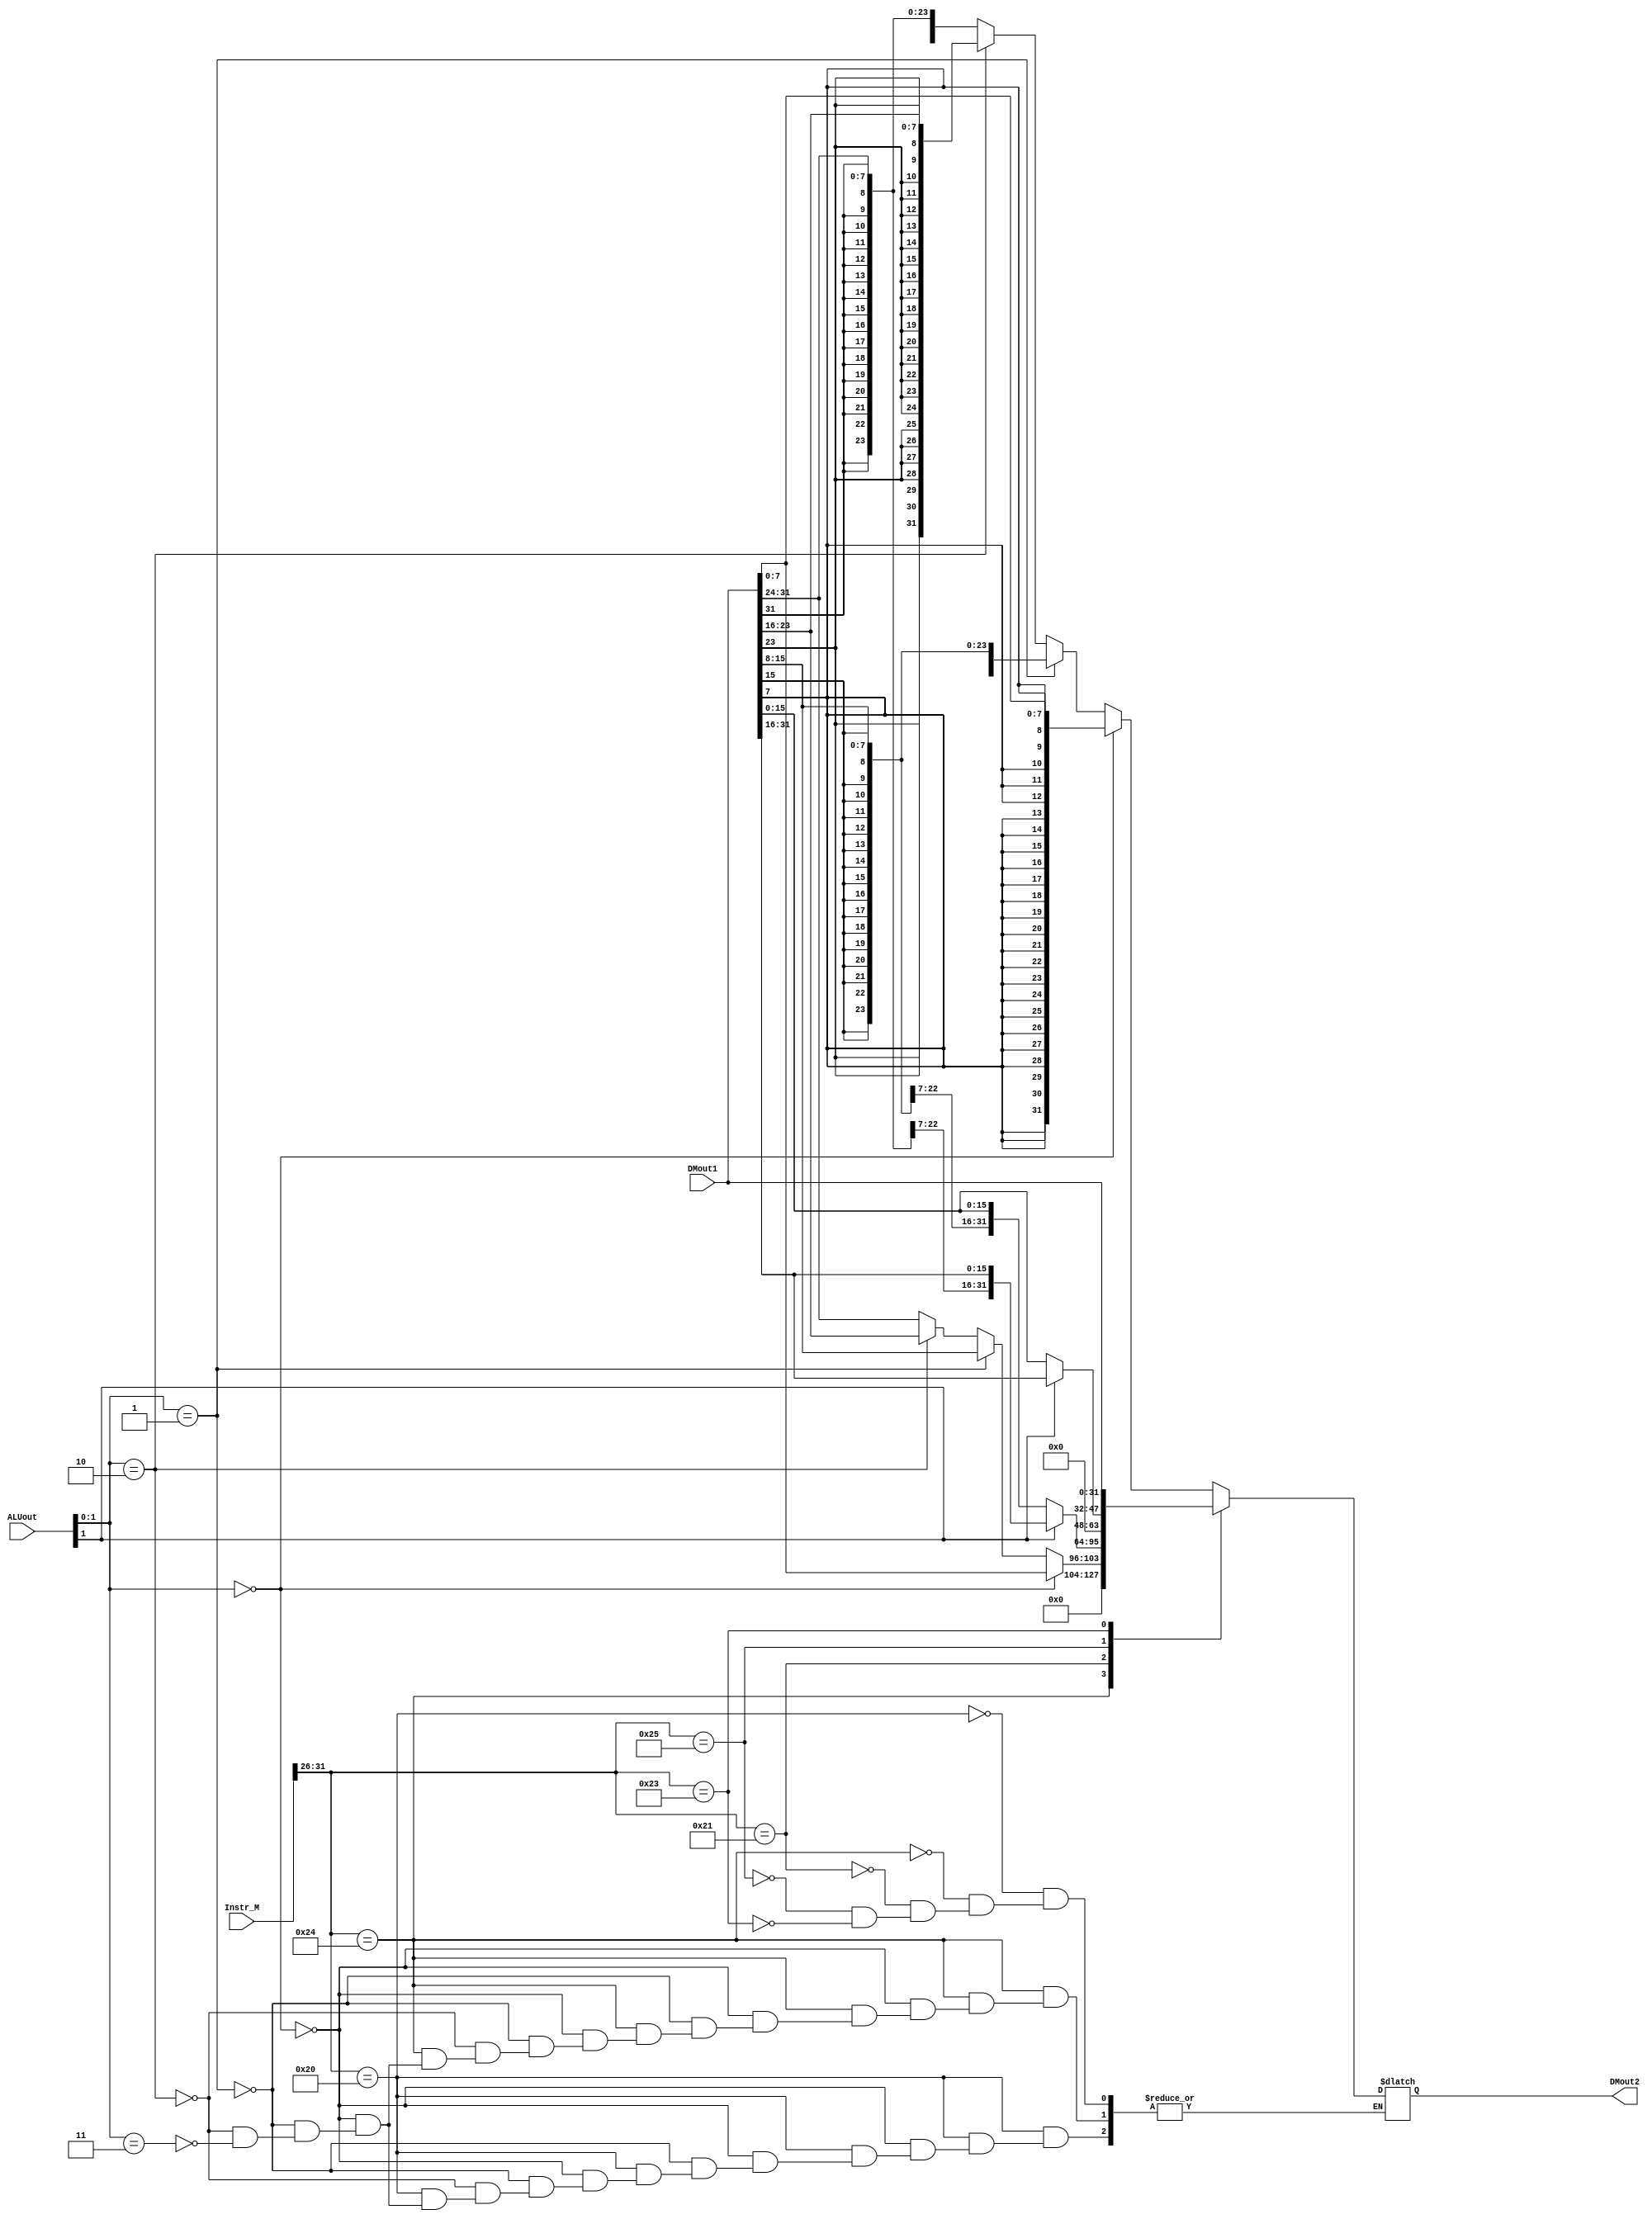
`timescale 1ns / 1ps
`define op 31:26
`define func 5:0
`define rs 25:21
`define rt 20:16
`define rd 15:11
//////////////////////////////////////////////////////////////////////////////////
// Company: 
// Engineer: 
// 
// Design Name: 
// Module Name:    LW_EXT_module 
// Project Name: 
// Target Devices: 
// Tool versions: 
// Description: 
//
// Dependencies: 
//
// Revision: 
// Revision 0.01 - File Created
// Additional Comments: 
//
//////////////////////////////////////////////////////////////////////////////////
module LW_EXT_module(
    input [31:0] DMout1,
    input [31:0] Instr_M,
	 input [31:0] ALUout,
    output reg [31:0] DMout2
    );
	 
	parameter lb     = 6'b100000,
				 lbu	  = 6'b100100,
				 lh     = 6'b100001,
				 lhu    = 6'b100101,
				 lw     = 6'b100011;
	
	always @(*)begin
		case(Instr_M[`op])
		lb:begin
			if(ALUout[1:0] == 2'b00)begin
				DMout2 = {{24{DMout1[7]}},DMout1[7:0]};
			end
			else if(ALUout[1:0] == 2'b01)begin
				DMout2 = {{24{DMout1[15]}},DMout1[15:8]};
			end
			else if(ALUout[1:0] == 2'b10)begin
				DMout2 = {{24{DMout1[23]}},DMout1[23:16]};
			end
			else if(ALUout[1:0] == 2'b11)begin
				DMout2 = {{24{DMout1[31]}},DMout1[31:24]};
			end
		end
		lbu:begin
			if(ALUout[1:0] == 2'b00)begin
				DMout2 = {24'b0,DMout1[7:0]};
			end
			else if(ALUout[1:0] == 2'b01)begin
				DMout2 = {24'b0,DMout1[15:8]};
			end
			else if(ALUout[1:0] == 2'b10)begin
				DMout2 = {24'b0,DMout1[23:16]};
			end
			else if(ALUout[1:0] == 2'b11)begin
				DMout2 = {24'b0,DMout1[31:24]};
			end
		end
		lh:begin
			if(ALUout[1] == 0)begin
				DMout2 = {{16{DMout1[15]}},DMout1[15:0]};
			end
			else if(ALUout[1] == 1)begin
				DMout2 = {{16{DMout1[31]}},DMout1[31:16]};
			end
		end
		lhu:begin
			if(ALUout[1] == 0)begin
				DMout2 = {16'b0,DMout1[15:0]};
			end
			else if(ALUout[1] == 1)begin
				DMout2 = {16'b0,DMout1[31:16]};
			end
		end
		lw:begin
			DMout2 = DMout1;
		end
		endcase
	end

endmodule